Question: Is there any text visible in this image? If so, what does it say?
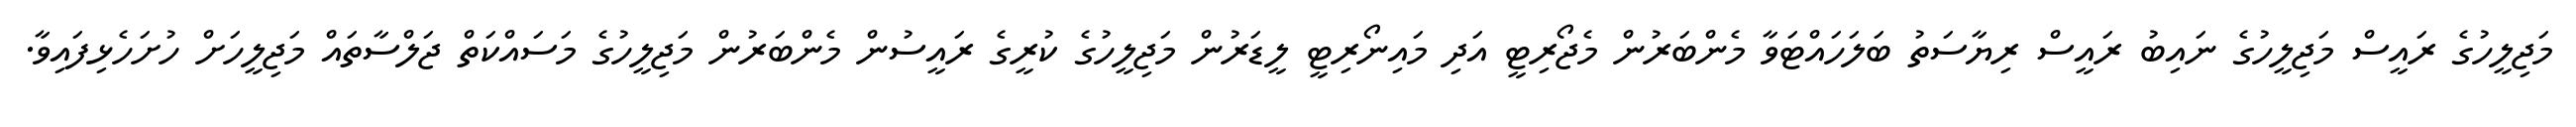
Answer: މަޖިލީހުގެ ރައީސް މަޖިލީހުގެ ނައިބު ރައީސް ރިޔާސަތު ބަލަހައްޓަވާ މެންބަރުން މެޖޯރިޓީ އަދި މައިނޯރިޓީ ލީޑަރުން މަޖިލީހުގެ ކުރީގެ ރައީސުން މެންބަރުން މަޖިލީހުގެ މަސައްކަތް ޖަލްސާތައް މަޖިލީހަށް ހުށަހެޅިފައިވާ.